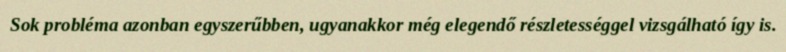
Sok probléma azonban egyszerűbben, ugyanakkor még elegendő részletességgel vizsgálható így is.